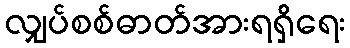
လျှပ်စစ်ဓာတ်အားရရှိရေး